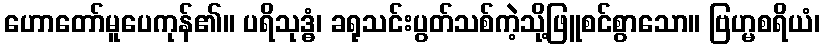
ဟောတော်မူပေကုန်၏။ ပရိသုဒ္ဓံ၊ ခရုသင်းပွတ်သစ်ကဲ့သို့ဖြူစင်စွာသော။ ဗြဟ္မစရိယံ၊